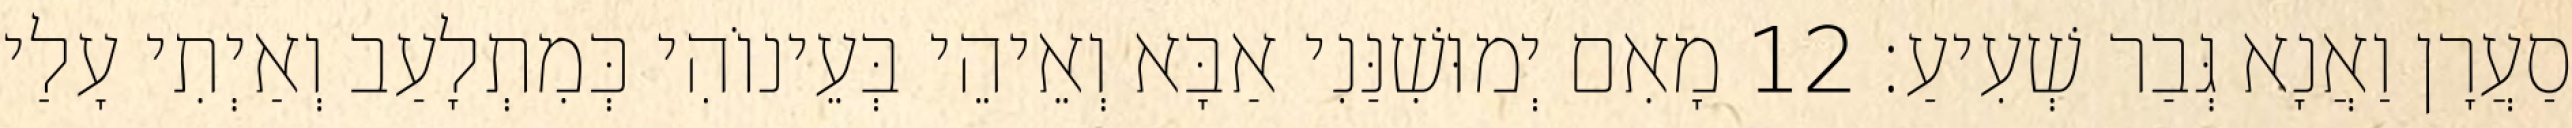
סַעֲרָן וַאֲנָא גְּבַר שְׁעִיעַ׃ 12 מָאִם יְמוּשִׁנַּנִי אַבָּא וְאֵיהֵי בְּעֵינוֹהִי כְּמִתְלָעַב וְאַיְתִי עָלַי